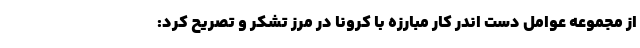
از مجموعه عوامل دست اندر کار مبارزه با کرونا در مرز تشکر و تصریح کرد: